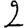
Digit: 2